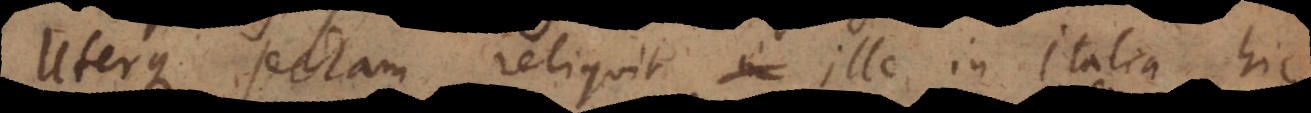
Uterque sectam reliquit ille in Italia hic